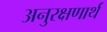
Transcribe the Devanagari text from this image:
अनुरक्षणार्थ